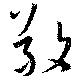
敬